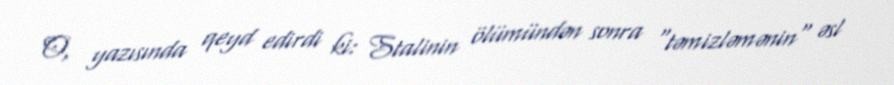
O, yazısında qeyd edirdi ki: Stalinin ölümündən sonra "təmizləmənin" əsl